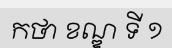
កថា ខណ្ឌ ទី ១